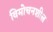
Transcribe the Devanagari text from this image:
विमोचनशील